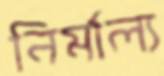
নির্মাল্য